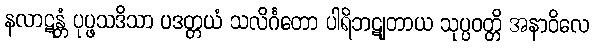
နလာဋန္တံ ပုပ္ဖသဒိသာ ပဒတ္တယံ သလိင်္ဂတော ပါရိဘဋျတာယ သုပ္ပဝတ္တိ အနာဝိလေ